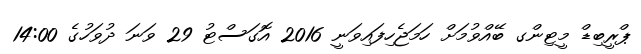
ޕްރީބިޑް މީޓިންގ ބޭއްވުމަށް ހަމަޖެހިފައިވަނީ 2016 އޮގަސްޓު 29 ވަނަ ދުވަހުގެ 14:00